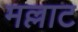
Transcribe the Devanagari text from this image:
मल्लाट